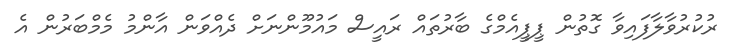
ރުކުރުވާލާފައިވާ ގޮތުން ޕީޕީއެމްގެ ބާރުތައް ރައީސް މައުމޫންނަށް ދެއްވަން އާންމު މެމްބަރުން އެ